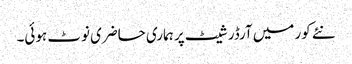
نئے کور میں آرڈر شیٹ پر ہماری حاضری نوٹ ہوئی۔